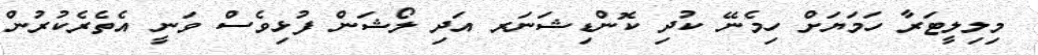
މިލިލީޓަރާ ހަމަޔަށް ހިމެނޭ ކުދި ކޮންޑިޝަނަރ އަދި ލޯޝަން ފުޅިވެސް ވަނީ އެތެރެކުރުން